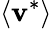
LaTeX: \left<\textbf{v}^{*}\right>